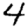
Digit: 4